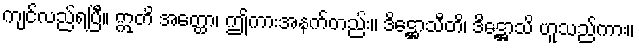
ကျင်လည်ရပြီ။ ဣတိ အတ္ထော၊ ဤကားအနက်တည်း။ ဒိဋ္ဌောသီတိ၊ ဒိဋ္ဌောသိ ဟူသည်ကား။